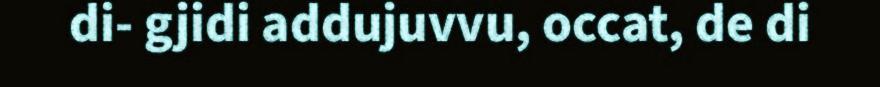
di- gjidi addujuvvu, occat, de di